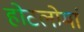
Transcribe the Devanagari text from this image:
होटलोमां